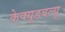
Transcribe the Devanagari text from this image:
केक्यूडबल्यू